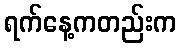
ရက်နေ့ကတည်းက